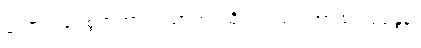
ကောင်းပေစွတကား။ သာဟံ၊ ထိုငါသည်။ ကာသိံ သုရုန္ဒနံ၊